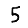
Digit: 5